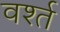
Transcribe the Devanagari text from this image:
वर्श्त